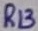
Text: R13